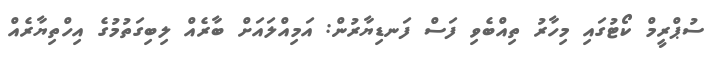
ސުޕްރީމް ކޯޓުގައި މިހާރު ތިއްބެވި ފަސް ފަނޑިޔާރުން: އަމިއްލައަށް ބާރެއް ލިބިގަތުމުގެ އިހްތިޔާރެއް